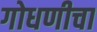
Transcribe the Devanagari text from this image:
गोधणीचा